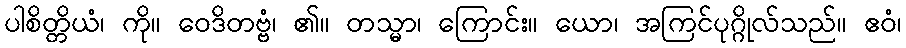
ပါစိတ္တိယံ၊ ကို။ ဝေဒိတဗ္ဗံ၊ ၏။ တသ္မာ၊ ကြောင်း။ ယော၊ အကြင်ပုဂ္ဂိုလ်သည်။ ဧဝံ၊